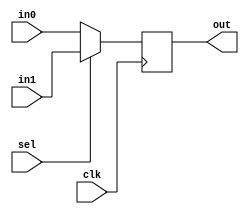
module amiq_mux2_1(input clk, input sel, input in0, input in1, output reg out);
	initial out=0;
	
	always@(posedge clk) begin
		out<=sel?in1:in0;	
	end
endmodule